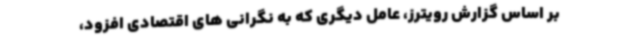
بر اساس گزارش رویترز، عامل دیگری که به نگرانی های اقتصادی افزود،